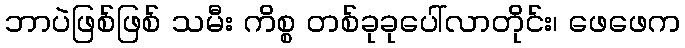
ဘာပဲဖြစ်ဖြစ် သမီး ကိစ္စ တစ်ခုခုပေါ်လာတိုင်း၊ ဖေဖေက